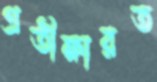
প্রতীক্ষারত